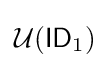
{\mathcal {U}}({\mathsf {ID}}_{1})